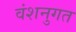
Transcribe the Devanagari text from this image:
वंशनुगत